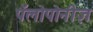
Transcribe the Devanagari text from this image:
पॅलोपोनीज़